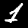
Digit: 1